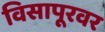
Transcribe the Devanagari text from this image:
विसापूरवर